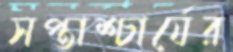
সপ্তাশ্চার্যের